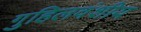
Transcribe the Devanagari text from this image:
गुहिलवंशीय